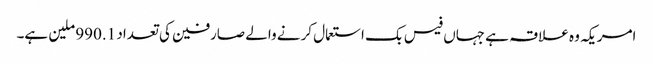
امریکہ وہ علاقہ ہے جہاں فیس بک استعمال کرنے والے صارفین کی تعداد 990.1 ملین ہے۔